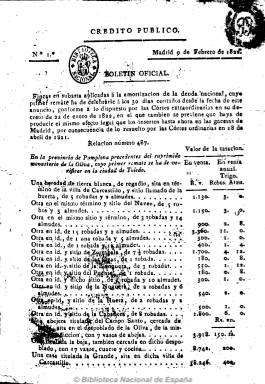
Título: Crédito público
Colección: Gacetas || Economía
Ámbito geográfico: Madrid
Lugar de publicación: Madrid
Fechas: 09/02/1822-12/03/1823

Comienza a editarse el nueve de febrero de 1822 para la mayor difusión de las relaciones provinciales de venta de las fincas y demás bienes inmuebles de los conventos y monasterios suprimidos, con los valores de tasación, de venta y renta, en reales de vellón, para la amortización de la deuda nacional, teniendo su publicación el mismo efecto oficial que las listas que venía publicando la Gaceta de Madrid. Es pues el periódico oficial que da cuenta de las ventas de los Bienes Nacionales incautados por el Estado, en virtud de lo resuelto por las Cortes el 18 de abril de 1821.

Aparece diariamente en números datados y numerados, de entre cuatro y 32 páginas, y foliación continuada, estampados en la imprenta madrileña de Juan Ramos y Compañía, y se vendía en las capitales de provincia y cabezas de partido donde hubiera un comisionado de la Junta Nacional de Crédito Público.

Tanto Gil Novales como Chaves Rey señalan que este diario continuó publicándose en la imprenta sevillana de Bartolomé Caro Hernández hasta mediados de 1823. El último número que consigna Novales es el 369, de 25 de mayo de ese año.